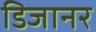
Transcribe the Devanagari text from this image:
डिजानर